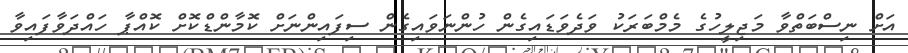
އަށް ނިސްބަތްވާ މަޖިލީހުގެ މެމްބަރަކު ވަދެވަޑައިގެން ހުންނަވައިގެން ސިފައިންނަށް ކޮމާންޑްކޮށް ކޮއްޕާ ހައްދަވާފައިވާ